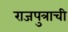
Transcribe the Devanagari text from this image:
राजपुत्राची